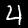
Digit: 4